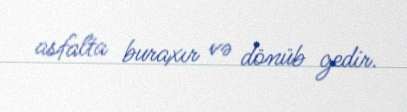
asfalta buraxır və dönüb gedir.